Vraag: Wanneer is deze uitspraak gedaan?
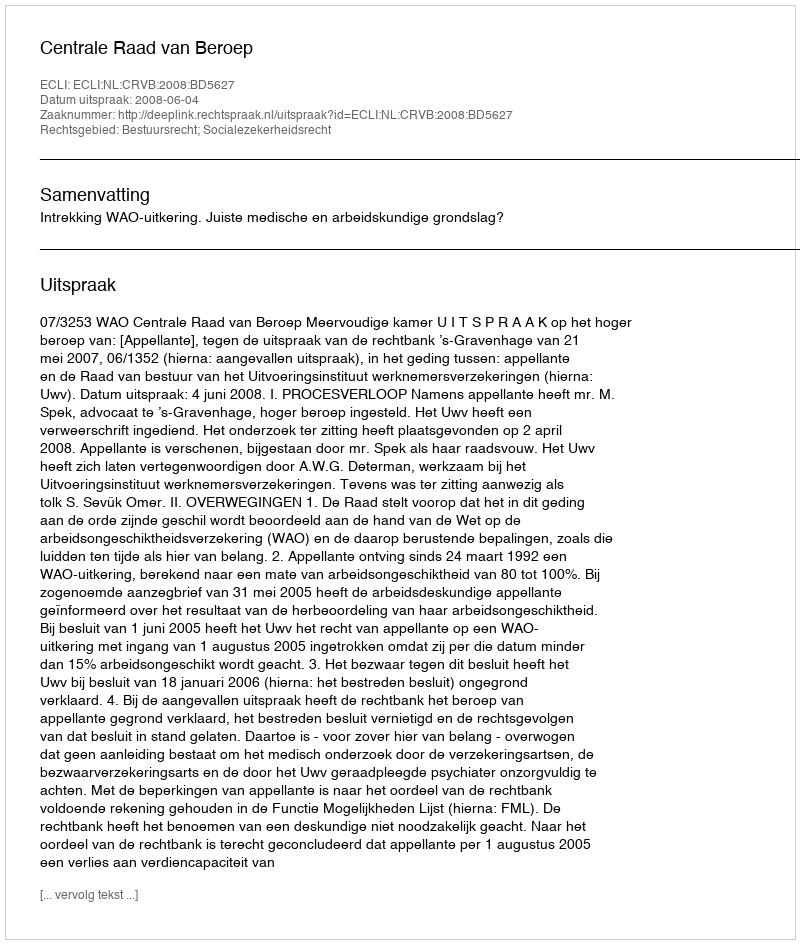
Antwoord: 2008-06-04